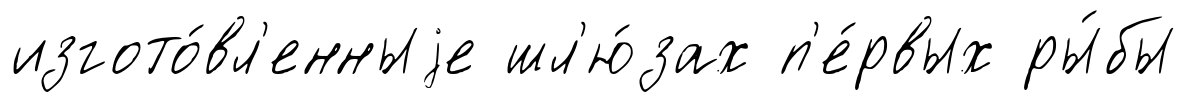
изгото́вл'енныjе шл'ю́зах п'е́рвых ры́бы